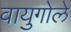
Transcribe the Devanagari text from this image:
वायुगोले